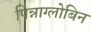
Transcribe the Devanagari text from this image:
पिन्नाग्लोबिन